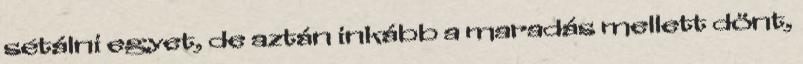
sétálni egyet, de aztán inkább a maradás mellett dönt,